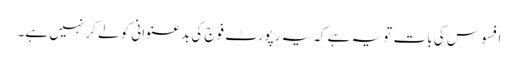
افسوس کی بات تو یہ ہے کہ یہ رپورٹ فوج کی بدعنوانی کو لے کر نہیں ہے۔